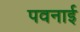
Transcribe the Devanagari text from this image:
पवनाई